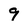
Character: 9